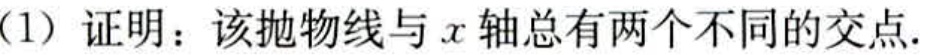
(1) 证明：该抛物线与 \(x\) 轴总有两个不同的交点.